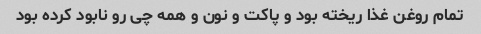
تمام روغن غذا ریخته بود و پاکت و نون و همه چی رو نابود کرده بود